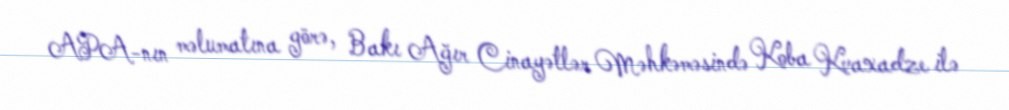
APA-nın məlumatına görə, Bakı Ağır Cinayətlər Məhkəməsində Koba Kvaxadze ilə